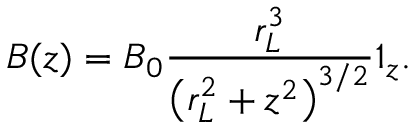
\boldsymbol { B } ( z ) = B _ { 0 } \frac { r _ { L } ^ { 3 } } { \left( r _ { L } ^ { 2 } + z ^ { 2 } \right) ^ { 3 / 2 } } \boldsymbol { 1 } _ { z } .